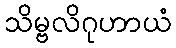
သိမ္ဗလိဂုဟာယံ